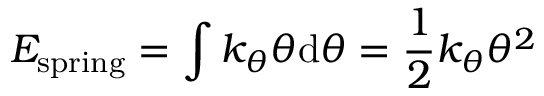
E _ { \mathrm { s p r i n g } } = \int k _ { \theta } \theta \mathrm { d } \theta = { \frac { 1 } { 2 } } k _ { \theta } \theta ^ { 2 }